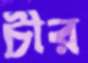
চীর